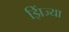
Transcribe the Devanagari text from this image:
झिंज्या